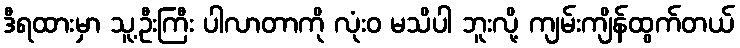
ဒီရထားမှာ သူ့ဦးကြီး ပါလာတာကို လုံးဝ မသိပါ ဘူးလို့ ကျမ်းကျိန်ထွက်တယ်